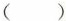
（）